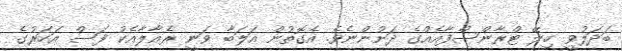
ބަދަލުވީ ހިލޭ ޓްރާންސްފާއެއްގެ ދަށުންނެވެ. އެގޮތުން އަލަބާ ވަނީ ރެއާލާއެކު ފަސް އަހަރުގެ